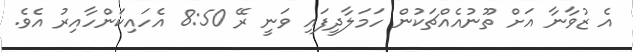
އެ ޒުވާނާ އަށް ތޫނުއެއްޗަކުން ހަމަލާދީފައި ވަނީ ރޭ 8:50 އެހައިކަންހާއިރު އެވެ.